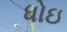
ધોઇ